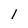
Character: l